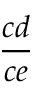
\frac { c d } { c e }